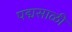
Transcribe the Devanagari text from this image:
पद्मसाळी